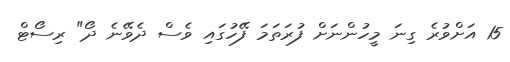
15 އަށްވުރެ ގިނަ މީހުންނަށް ފުރަތަމަ ފޭހުގައި ވެސް ދެވޭނެ ދޯ" ރިސޯޓް